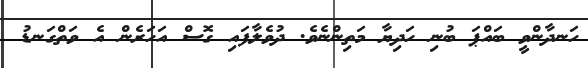
ހަނދާންވީ ބައްޕަ ބުނި ހަދިޔާ މަތިންނެވެ. ދުވެލާފައި ގޮސް އަހަރެން އެ ވަތްގަނޑު